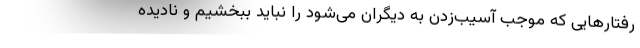
رفتارهایی که موجب آسیب‌زدن به دیگران می‌شود را نباید ببخشیم و نادیده